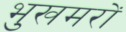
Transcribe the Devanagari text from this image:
भुखमरों